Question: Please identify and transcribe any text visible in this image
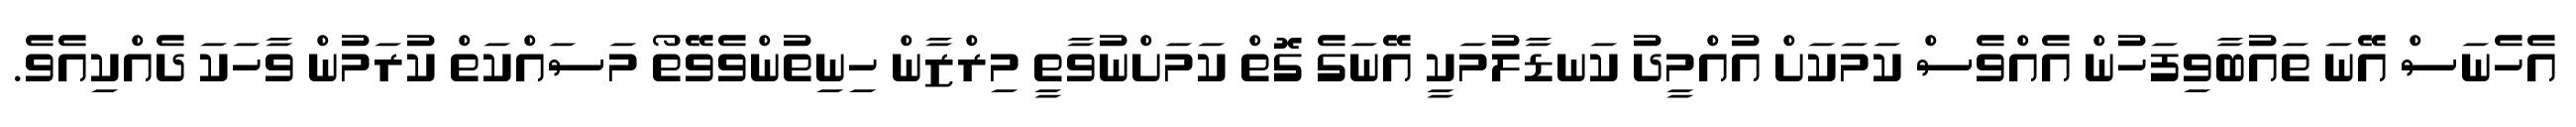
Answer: އެހެނަސް އޭނަ ތައުބާވިފަހުން އެއްވެސް ކަމަކަށް އުއްމީދު ކަނޑާލުމަކީ އޭނަގެ ގޮތް ކަމަށްނުވާތީ މިރްޒާން ހިނިތުންވެވޭތޯ މަސައްކަތް ކުރަމުން ވާހަކަ ދެއްކިއެވެ.